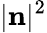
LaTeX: |\mathbf{n}|^{2}